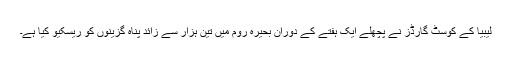
ليبيا کے کوسٹ گارڈز نے پچھلے ايک ہفتے کے دوران بحيرہ روم ميں تين ہزار سے زائد پناہ گزينوں کو ريسکيو کيا ہے۔